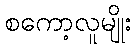
စကော့လူမျိုး